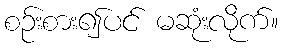
စဉ်းစား၍ပင် မဆုံးလိုက်။